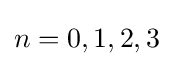
n=0,1,2,3